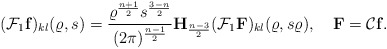
\begin{align*}(\mathcal F_{1} \mathbf f)_{kl}(\varrho,s)=\frac{\varrho^\frac{n+1}2s^\frac{3-n}2}{(2\pi)^{\frac{n-1}2}}\mathbf H_\frac{n-3}2(\mathcal F_{1} \mathbf F)_{kl}(\varrho,s\varrho),\quad\mathbf F=\mathcal C\mathbf f.\end{align*}